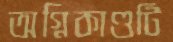
অগ্নিকাণ্ডটি